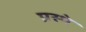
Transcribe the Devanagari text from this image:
प्रस्थे